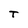
Character: T